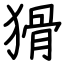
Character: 猾